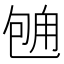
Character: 𱐻